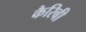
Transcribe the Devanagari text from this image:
कैरिबी